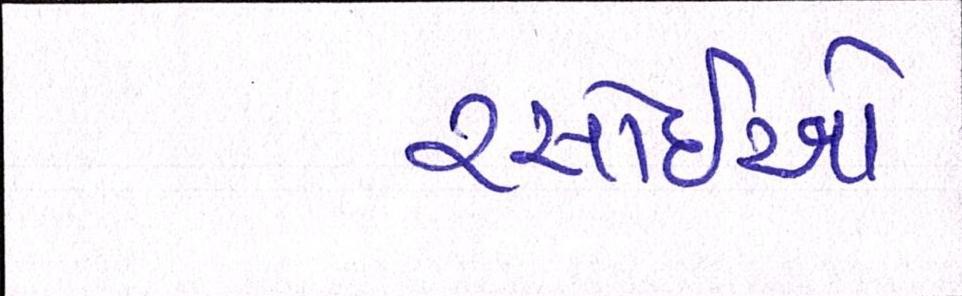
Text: રસોઈયો